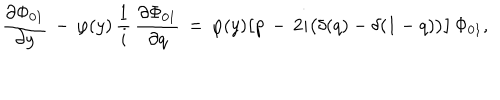
\frac { \partial \Phi _ { 0 1 } } { \partial y } \, - \, \varphi ( y ) \, \frac 1 i \, \frac { \partial \Phi _ { 0 1 } } { \partial q } \, = \, \varphi ( y ) \bigl [ p \, - \, 2 i \bigl ( \delta ( q ) - \delta ( 1 - q ) \bigr ) \bigr ] \, \Phi _ { 0 1 } ,